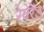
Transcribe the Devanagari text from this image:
रेवेरेंड